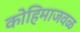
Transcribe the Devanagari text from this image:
कोहिमाजवळ